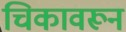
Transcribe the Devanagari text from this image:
चिकावरून